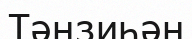
Тәнзиһән